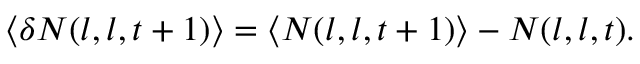
\langle \delta N ( l , l , t + 1 ) \rangle = \langle N ( l , l , t + 1 ) \rangle - N ( l , l , t ) .